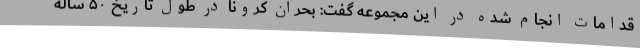
قدامات انجام شده در این مجموعه گفت: بحران کرونا در طول تاریخ ۵۰ ساله